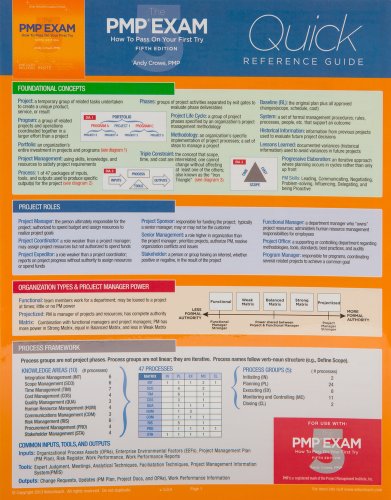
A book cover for The PMP Exam: Quick Reference Guide, Fifth Edition (Test Prep series); Andy Crowe PMP  PgMP; Test Preparation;